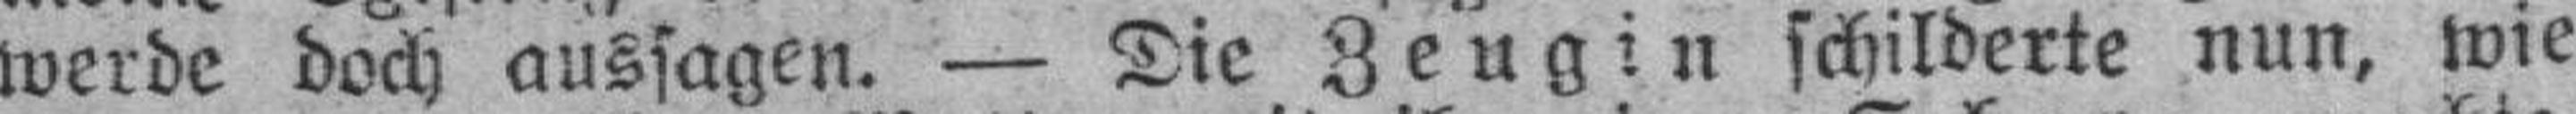
werde doch aussagen. — Die Zeugin schilderte nun, wie